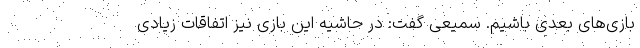
بازی‌های بعدی باشیم. سمیعی گفت: در حاشیه این بازی نیز اتفاقات زیادی